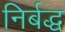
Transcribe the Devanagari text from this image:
निर्बद्ध